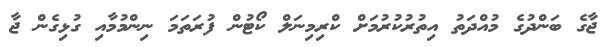
ޖާގެ ބަންދުގެ މުއްދަތު އިތުރުކުރުމަށް ކްރިމިނަލް ކޯޓުން ފުރަތަމަ ނިންމުމާއި ގުޅިގެން ޖާ